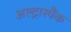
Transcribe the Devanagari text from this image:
अल्ट्रास्पैंक